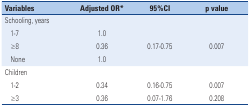
<table><thead><tr><td colspan="2"><b>Variables</b></td><td><b>Adjusted OR*</b></td><td><b>95%CI</b></td><td><b>p value</b></td></tr></thead><tbody><tr><td colspan="5">Schooling, years</td></tr><tr><td></td><td>1-7</td><td>1.0</td><td></td><td></td></tr><tr><td></td><td>≥8</td><td>0.36</td><td>0.17-0.75</td><td>0.007</td></tr><tr><td></td><td>None</td><td>1.0</td><td></td><td></td></tr><tr><td colspan="5">Children</td></tr><tr><td></td><td>1-2</td><td>0.34</td><td>0.16-0.75</td><td>0.007</td></tr><tr><td></td><td>≥3</td><td>0.36</td><td>0.07-1.76</td><td>0.208</td></tr></tbody></table>